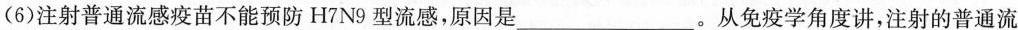
(6)注射普通流感疫苗不能预防H7N9型流感，原因是___。从免疫学角度讲，注射的普通流